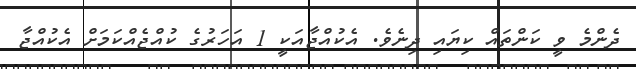
ދެންމެ ވީ ކަންތައް ކިޔައި ދިނެވެ. އެކުއްޖާއަކީ 1 އަހަރުގެ ކުއްޖެއްކަމަށް އެކުއްޖާ